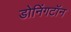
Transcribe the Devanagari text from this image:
डोनिंगटॉन